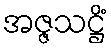
အဇ္ဇသဋ္ဌိံ